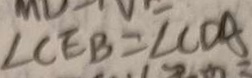
\angle C E B = \angle C D A